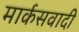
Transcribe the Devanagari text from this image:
मार्कसवादी